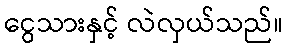
ငွေသားနှင့် လဲလှယ်သည်။